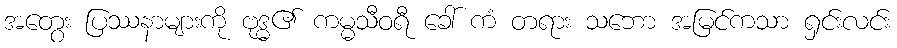
အတွေး ပြဿနာများကို ဗုဒ္ဓ၏ ကမ္မသီဝရီ ခေါ် ကံ တရား သဘော အမြင်ကသာ ရှင်းလင်း